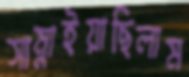
সাম্‌লাইয়াছিলাম